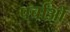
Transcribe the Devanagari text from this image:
पर्चाओं